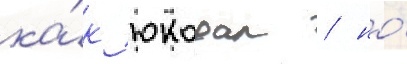
ка́к юкодал / но́